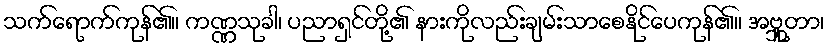
သက်ရောက်ကုန်၏။ ကဏ္ဏသုခါ၊ ပညာရှင်တို့၏ နားကိုလည်းချမ်းသာစေနိုင်ပေကုန်၏။ အဗ္ဘူတာ၊